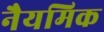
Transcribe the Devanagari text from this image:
नैयमिक